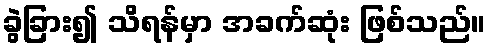
ခွဲခြား၍ သိရန်မှာ အခက်ဆုံး ဖြစ်သည်။